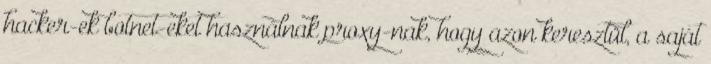
hacker-ek botnet-eket használnak proxy-nak, hogy azon keresztül, a saját